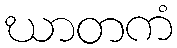
ဃာတကံ